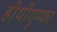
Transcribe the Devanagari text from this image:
हीथीगुम्फा